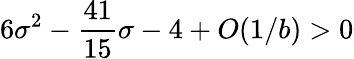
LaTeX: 6\sigma^{2}-{\frac{41}{15}}\sigma-4+O(1/{{b}})>0